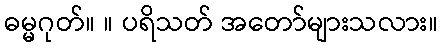
ဓမ္မဂုတ်။ ။ ပရိသတ် အတော်များသလား။